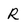
Character: R